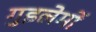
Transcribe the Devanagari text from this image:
गुइलेर्मो